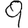
Digit: 9